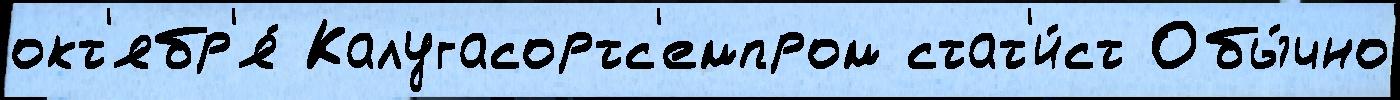
окт'ябр'я́ Калугасортс'емпром стат'и́ст Обы́чно